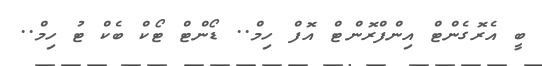
ބީ އެރޮގެންޓް އިންފްރޮންޓް އޮފް ހިމް.. ޑޯންޓް ޓޯކް ބެކް ޓު ހިމް..